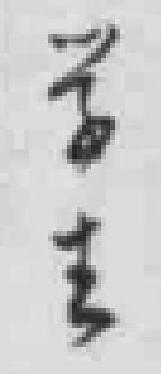
学生